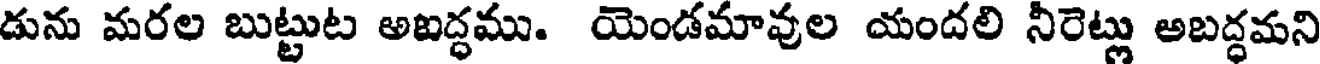
డును మరల బుట్టుట అఐద్ధము. యెండమావుల యందలి నీరెట్లు అబద్ధమని